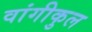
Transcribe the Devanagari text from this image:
वांगीकुल